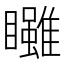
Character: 𥍃